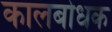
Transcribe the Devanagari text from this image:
कालबोधक